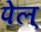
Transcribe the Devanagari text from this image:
पेल्